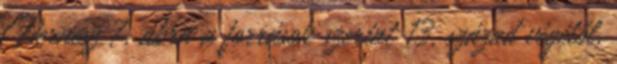
Pernesz 7. ábra a források szerint 13. század végétől,